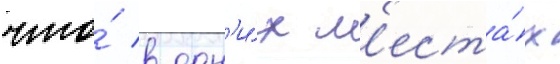
что́ в одн'и́х м'еста́х